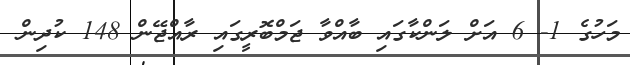
މަހުގެ 1- 6 އަށް ލަންކާގައި ބާއްވާ ޖަމްބޮރީގައި ރާއްޖޭން 148 ކުދިން